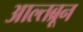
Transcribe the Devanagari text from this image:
आल्तब्रून